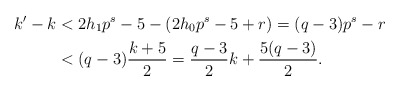
\begin{align*} k'-k&<2h_1p^s-5-(2h_0p^s-5+r)=(q-3)p^s-r\\ &<(q-3)\frac{k+5}{2}=\frac{q-3}{2}k+\frac{5(q-3)}{2}. \end{align*}